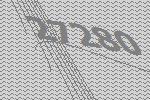
27280